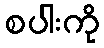
စပါးကို